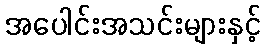
အပေါင်းအသင်းများနှင့်